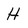
Character: H